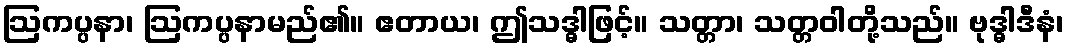
ဩကပ္ပနာ၊ ဩကပ္ပနာမည်၏။ ဧတာယ၊ ဤသဒ္ဓါဖြင့်။ သတ္တာ၊ သတ္တဝါတို့သည်။ ဗုဒ္ဓါဒီနံ၊